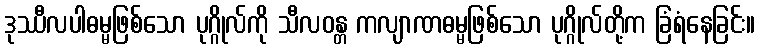
ဒုဿီလပါဓမ္မဖြစ်သော ပုဂ္ဂိုလ်ကို သီလဝန္တ ကလျာဏဓမ္မဖြစ်သော ပုဂ္ဂိုလ်တို့က ခြံရံနေခြင်း။